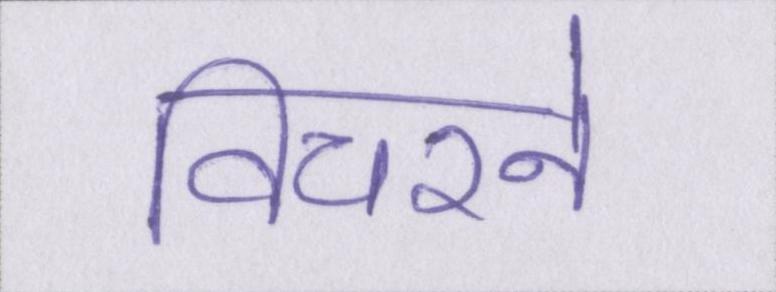
विचरने